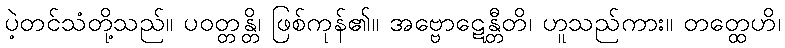
ပဲ့တင်သံတို့သည်။ ပဝတ္တန္တိ၊ ဖြစ်ကုန်၏။ အဗ္ဗောဋေန္တီတိ၊ ဟူသည်ကား။ တတ္ထေဟိ၊